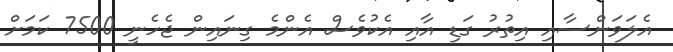
އެލަވަންސާއި އިތުރު ގަޑި އާއި އެކުވެސް އެންމެ ގިނައިން ޖެހެނީ 7500 ކަމަށް